Proceedings of the meeting of veterinary officers in India
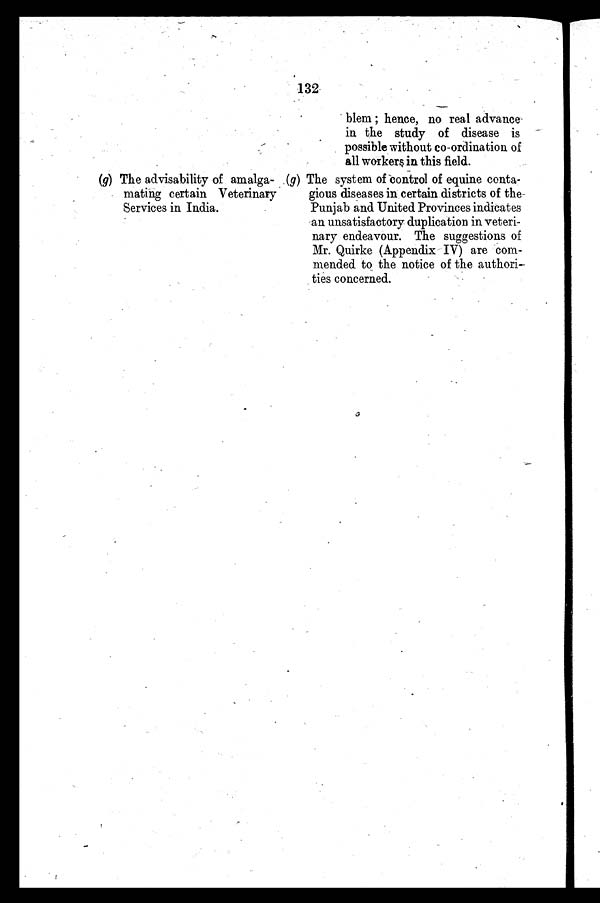
132
(g) The advisability of amalga-
mating certain Veterinary
Services in India.
blem; hence, no real advance
in the study of disease is
possible without co-ordination of
all workers in this field.
(g) The system of control of equine conta-
gious diseases in certain districts of the
Punjab and United Provinces indicates
an unsatisfactory duplication in veteri-
nary endeavour. The suggestions of
Mr. Quirke (Appendix IV) are com-
mended to the notice of the authori-
ties concerned.